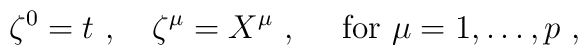
\zeta^0=t\ ,\quad\zeta^\mu=X^\mu\ ,\quad \mbox{ for  } \mu=1,\ldots,p\ ,